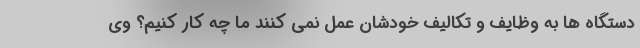
دستگاه ها به وظایف و تکالیف خودشان عمل نمی کنند ما چه کار کنیم؟ وی